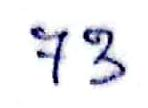
73